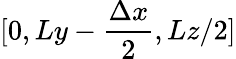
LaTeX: [0,Ly-\frac{\Delta x}{2},Lz/2]